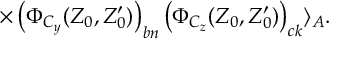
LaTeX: \times \left( \Phi _ { C _ { y } } ( Z _ { 0 } , Z _ { 0 } ^ { \prime } ) \right) _ { b n } \left( \Phi _ { C _ { z } } ( Z _ { 0 } , Z _ { 0 } ^ { \prime } ) \right) _ { c k } \rangle _ { A } .